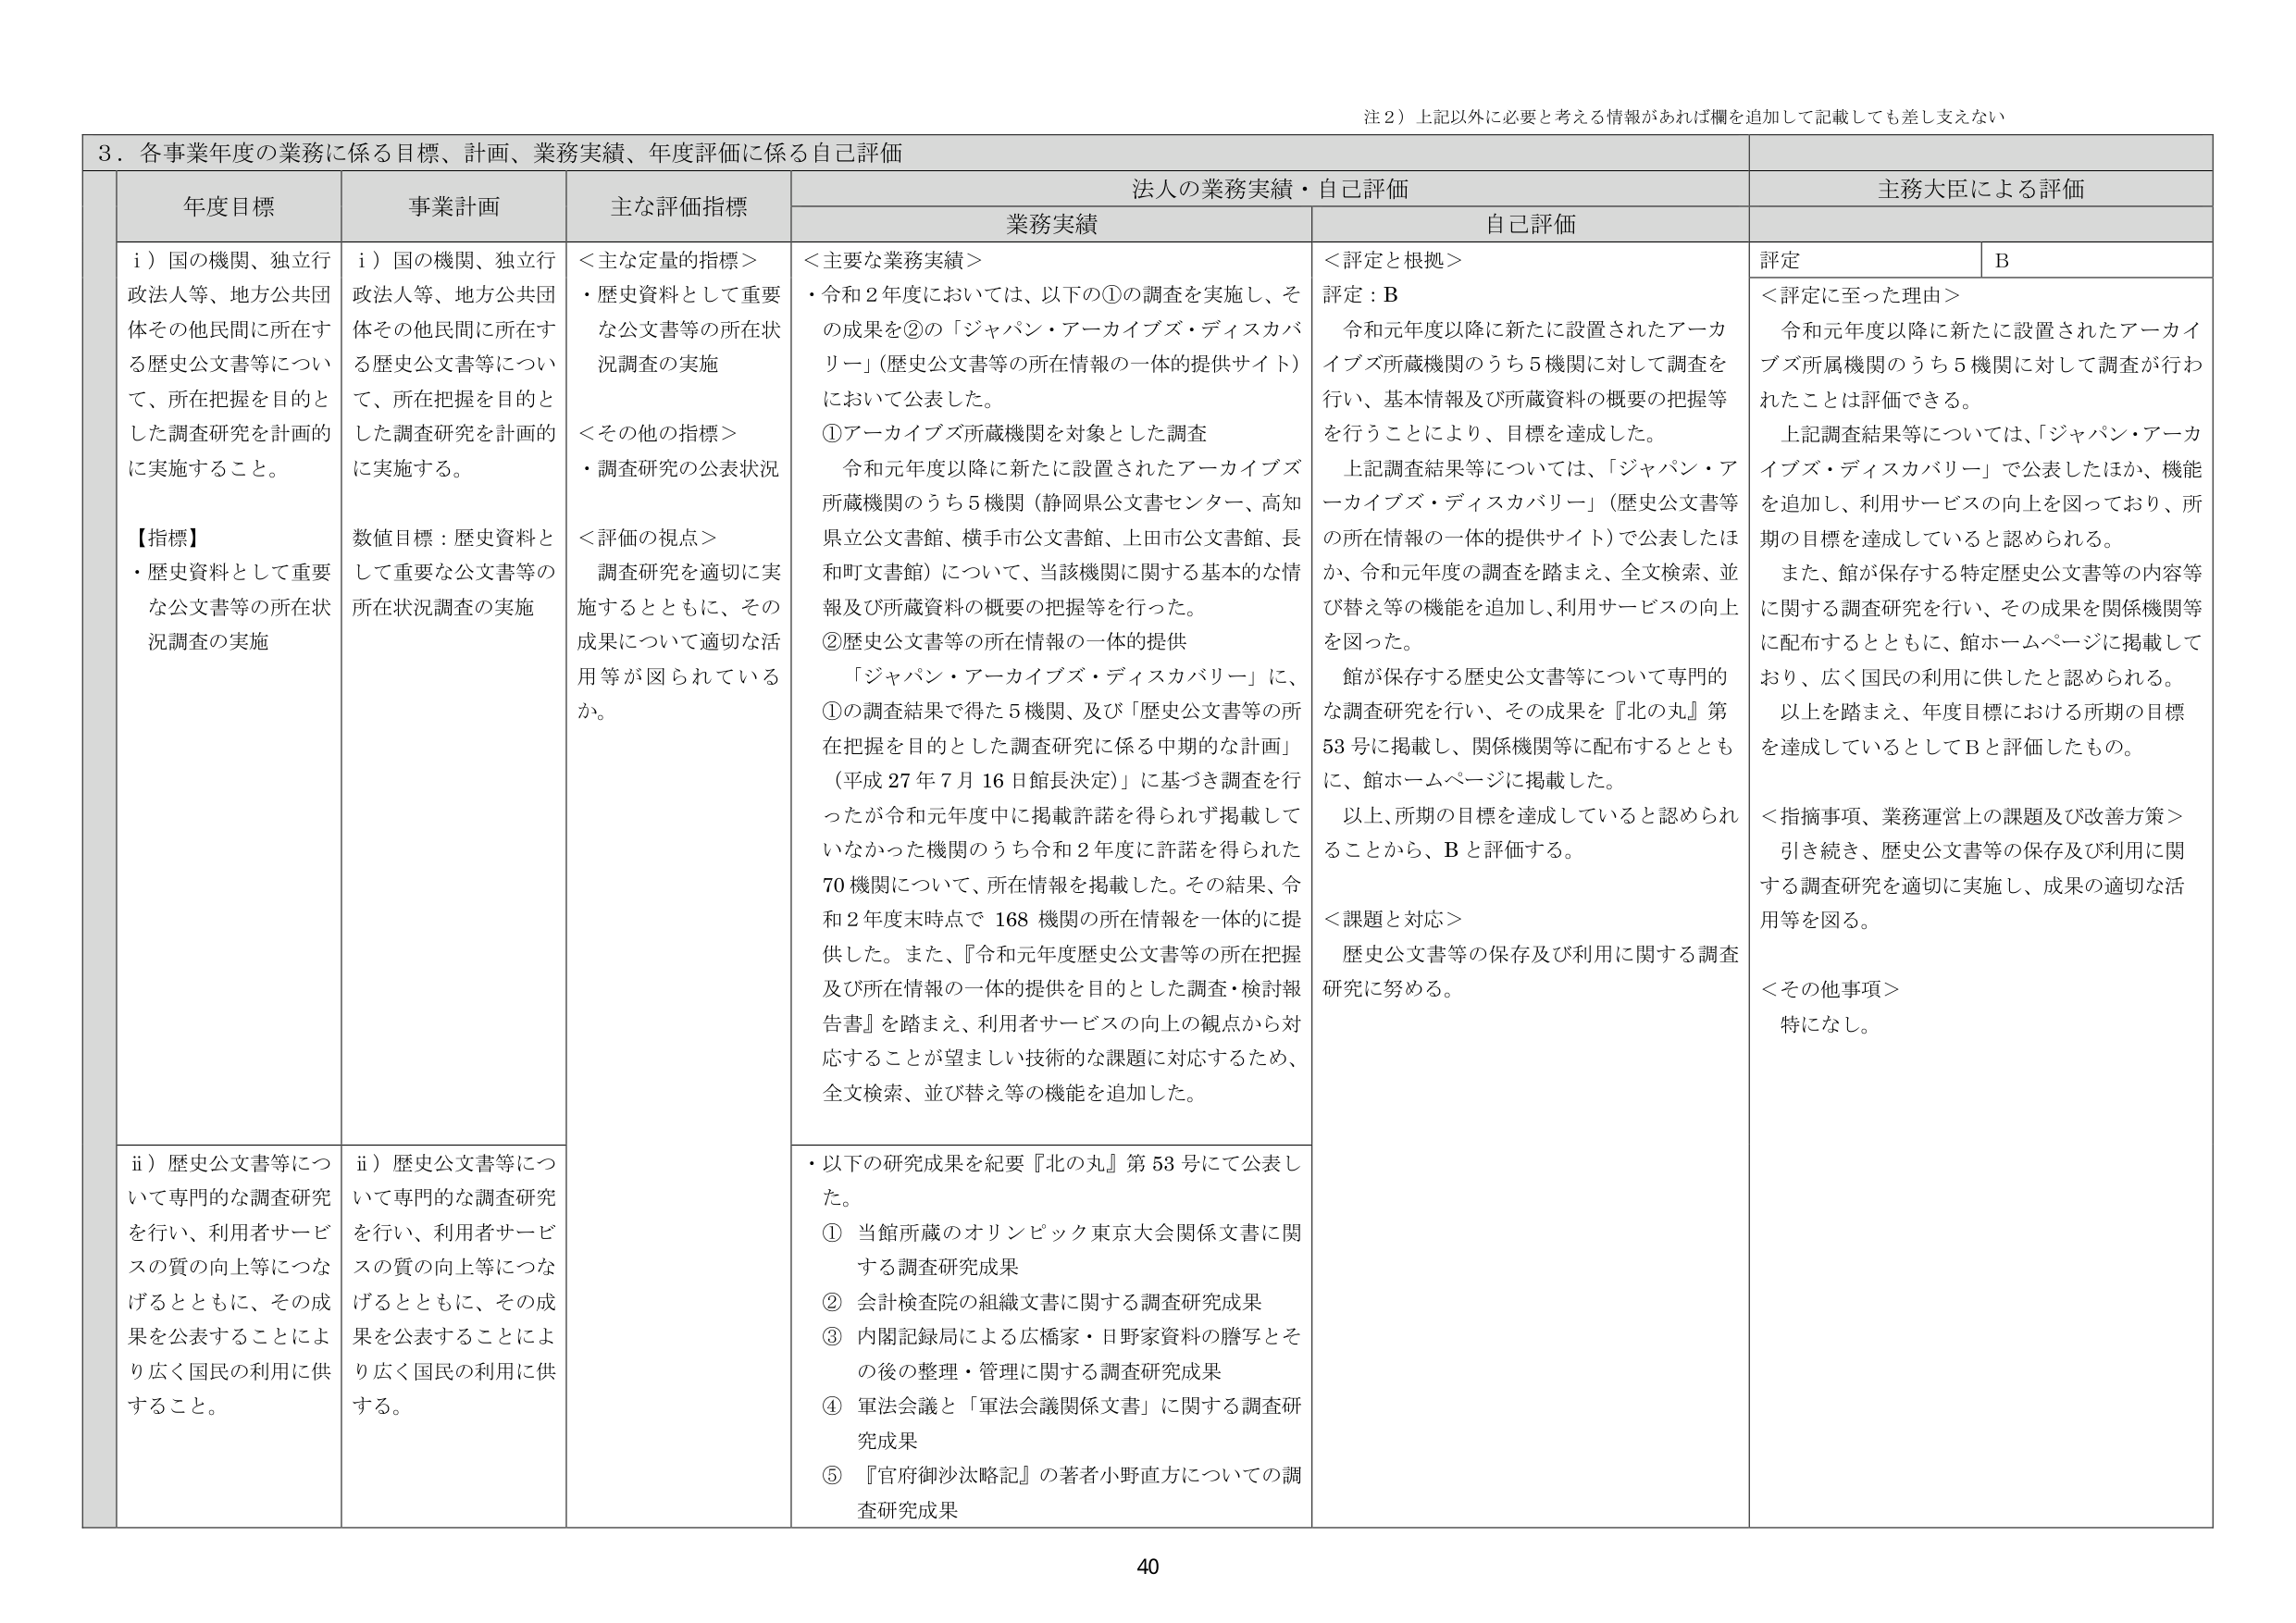
注２）上記以外に必要と考える情報があれば欄を追加して記載しても差し支えない

３．各事業年度の業務に係る目標、計画、業務実績、年度評価に係る自己評価

年度目標
事業計画
主な評価指標
法人の業務実績・自己評価
主務大臣による評価

業務実績
自己評価

i）国の機関、独立行政法人等、地方公共団体その他民間に所在する歴史公文書等について、所在把握を目的とした調査研究を計画的に実施すること。

【指標】
・歴史資料として重要な公文書等の所在状況調査の実施

i）国の機関、独立行政法人等、地方公共団体その他民間に所在する歴史公文書等について、所在把握を目的とした調査研究を計画的に実施する。

数値目標：歴史資料として重要な公文書等の所在状況調査の実施

＜主な定量的指標＞
・歴史資料として重要な公文書等の所在状況調査の実施

＜その他の指標＞
・調査研究の公表状況

＜評価の視点＞
調査研究を適切に実施するとともに、その成果について適切な活用等が図られているか。

＜主要な業務実績＞
・令和２年度においては、以下の①の調査を実施し、その成果を②の「ジャパン・アーカイブズ・ディスカバリー」（歴史公文書等の所在情報の一体的提供サイト）において公表した。

①アーカイブズ所蔵機関を対象とした調査
　令和元年度以降に新たに設置されたアーカイブズ所蔵機関のうち５機関（静岡県公文書センター、高知県立公文書館、横手市公文書館、上田市公文書館、長和町文書館）について、当該機関に関する基本的な情報及び所蔵資料の概要の把握等を行った。

②歴史公文書等の所在情報の一体的提供
　「ジャパン・アーカイブズ・ディスカバリー」に、①の調査結果で得た５機関、及び「歴史公文書等の所在把握を目的とした調査研究に係る中期的な計画」（平成27年7月16日館長決定）」に基づき調査を行ったが令和元年度中に掲載許諾を得られず掲載していなかった機関のうち令和２年度に許諾を得られた70機関について、所在情報を掲載した。その結果、令和２年度末時点で168機関の所在情報を一体的に提供した。また、『令和元年度歴史公文書等の所在把握及び所在情報の一体的提供を目的とした調査・検討報告書』を踏まえ、利用者サービスの向上の観点から対応することが望ましい技術的な課題に対応するため、全文検索、並び替え等の機能を追加した。

＜評定と根拠＞
評定：B
　令和元年度以降に新たに設置されたアーカイブズ所属機関のうち５機関に対して調査を行い、基本情報及び所蔵資料の概要の把握等を行うことにより、目標を達成した。
　上記調査結果等については、「ジャパン・アーカイブズ・ディスカバリー」（歴史公文書等の所在情報の一体的提供サイト）で公表したほか、令和元年度の調査を踏まえ、全文検索、並び替え等の機能を追加し、利用サービスの向上を図った。
　館が保存する歴史公文書等について専門的な調査研究を行い、その成果を『北の丸』第53号に掲載し、関係機関等に配布するとともに、館ホームページに掲載した。
　以上、所期の目標を達成していると認められることから、Bと評価する。

＜課題と対応＞
歴史公文書等の保存及び利用に関する調査研究に努める。

評定
B

＜評定に至った理由＞
　令和元年度以降に新たに設置されたアーカイブズ所属機関のうち５機関に対して調査が行われたことは評価できる。
　上記調査結果等については、「ジャパン・アーカイブズ・ディスカバリー」で公表したほか、機能を追加し、利用サービスの向上を図っており、所期の目標を達成していると認められる。
　また、館が保存する特定歴史公文書等の内容等に関する調査研究を行い、その成果を関係機関等に配布するとともに、館ホームページに掲載しており、広く国民の利用に供したと認められる。
　以上を踏まえ、年度目標における所期の目標を達成しているとしてBと評価したもの。

＜指摘事項、業務運営上の課題及び改善方策＞
引き続き、歴史公文書等の保存及び利用に関する調査研究を適切に実施し、成果の適切な活用等を図る。

＜その他事項＞
特になし。

ii）歴史公文書等について専門的な調査研究を行い、利用者サービスの質の向上等につなげるとともに、その成果を公表することにより広く国民の利用に供すること。

ii）歴史公文書等について専門的な調査研究を行い、利用者サービスの質の向上等につなげるとともに、その成果を公表することにより広く国民の利用に供する。

・以下の研究成果を紀要『北の丸』第53号にて公表した。
① 当館所蔵のオリンピック東京大会関係文書に関する調査研究成果
② 会計検査院の組織文書に関する調査研究成果
③ 内閣記録局による広橋家・日野家資料の謄写とその後の整理・管理に関する調査研究成果
④ 軍法会議と「軍法会議関係文書」に関する調査研究成果
⑤ 『官府御沙汰略記』の著者小野直方についての調査研究成果

40